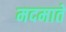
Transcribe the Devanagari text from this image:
मदमाते